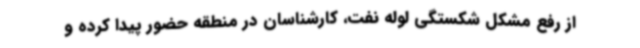
از رفع مشکل شکستگی لوله نفت، کارشناسان در منطقه حضور پیدا کرده و